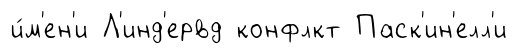
и́м'ен'и Л'инд'ервд конфлкт Паск'ин'елл'и